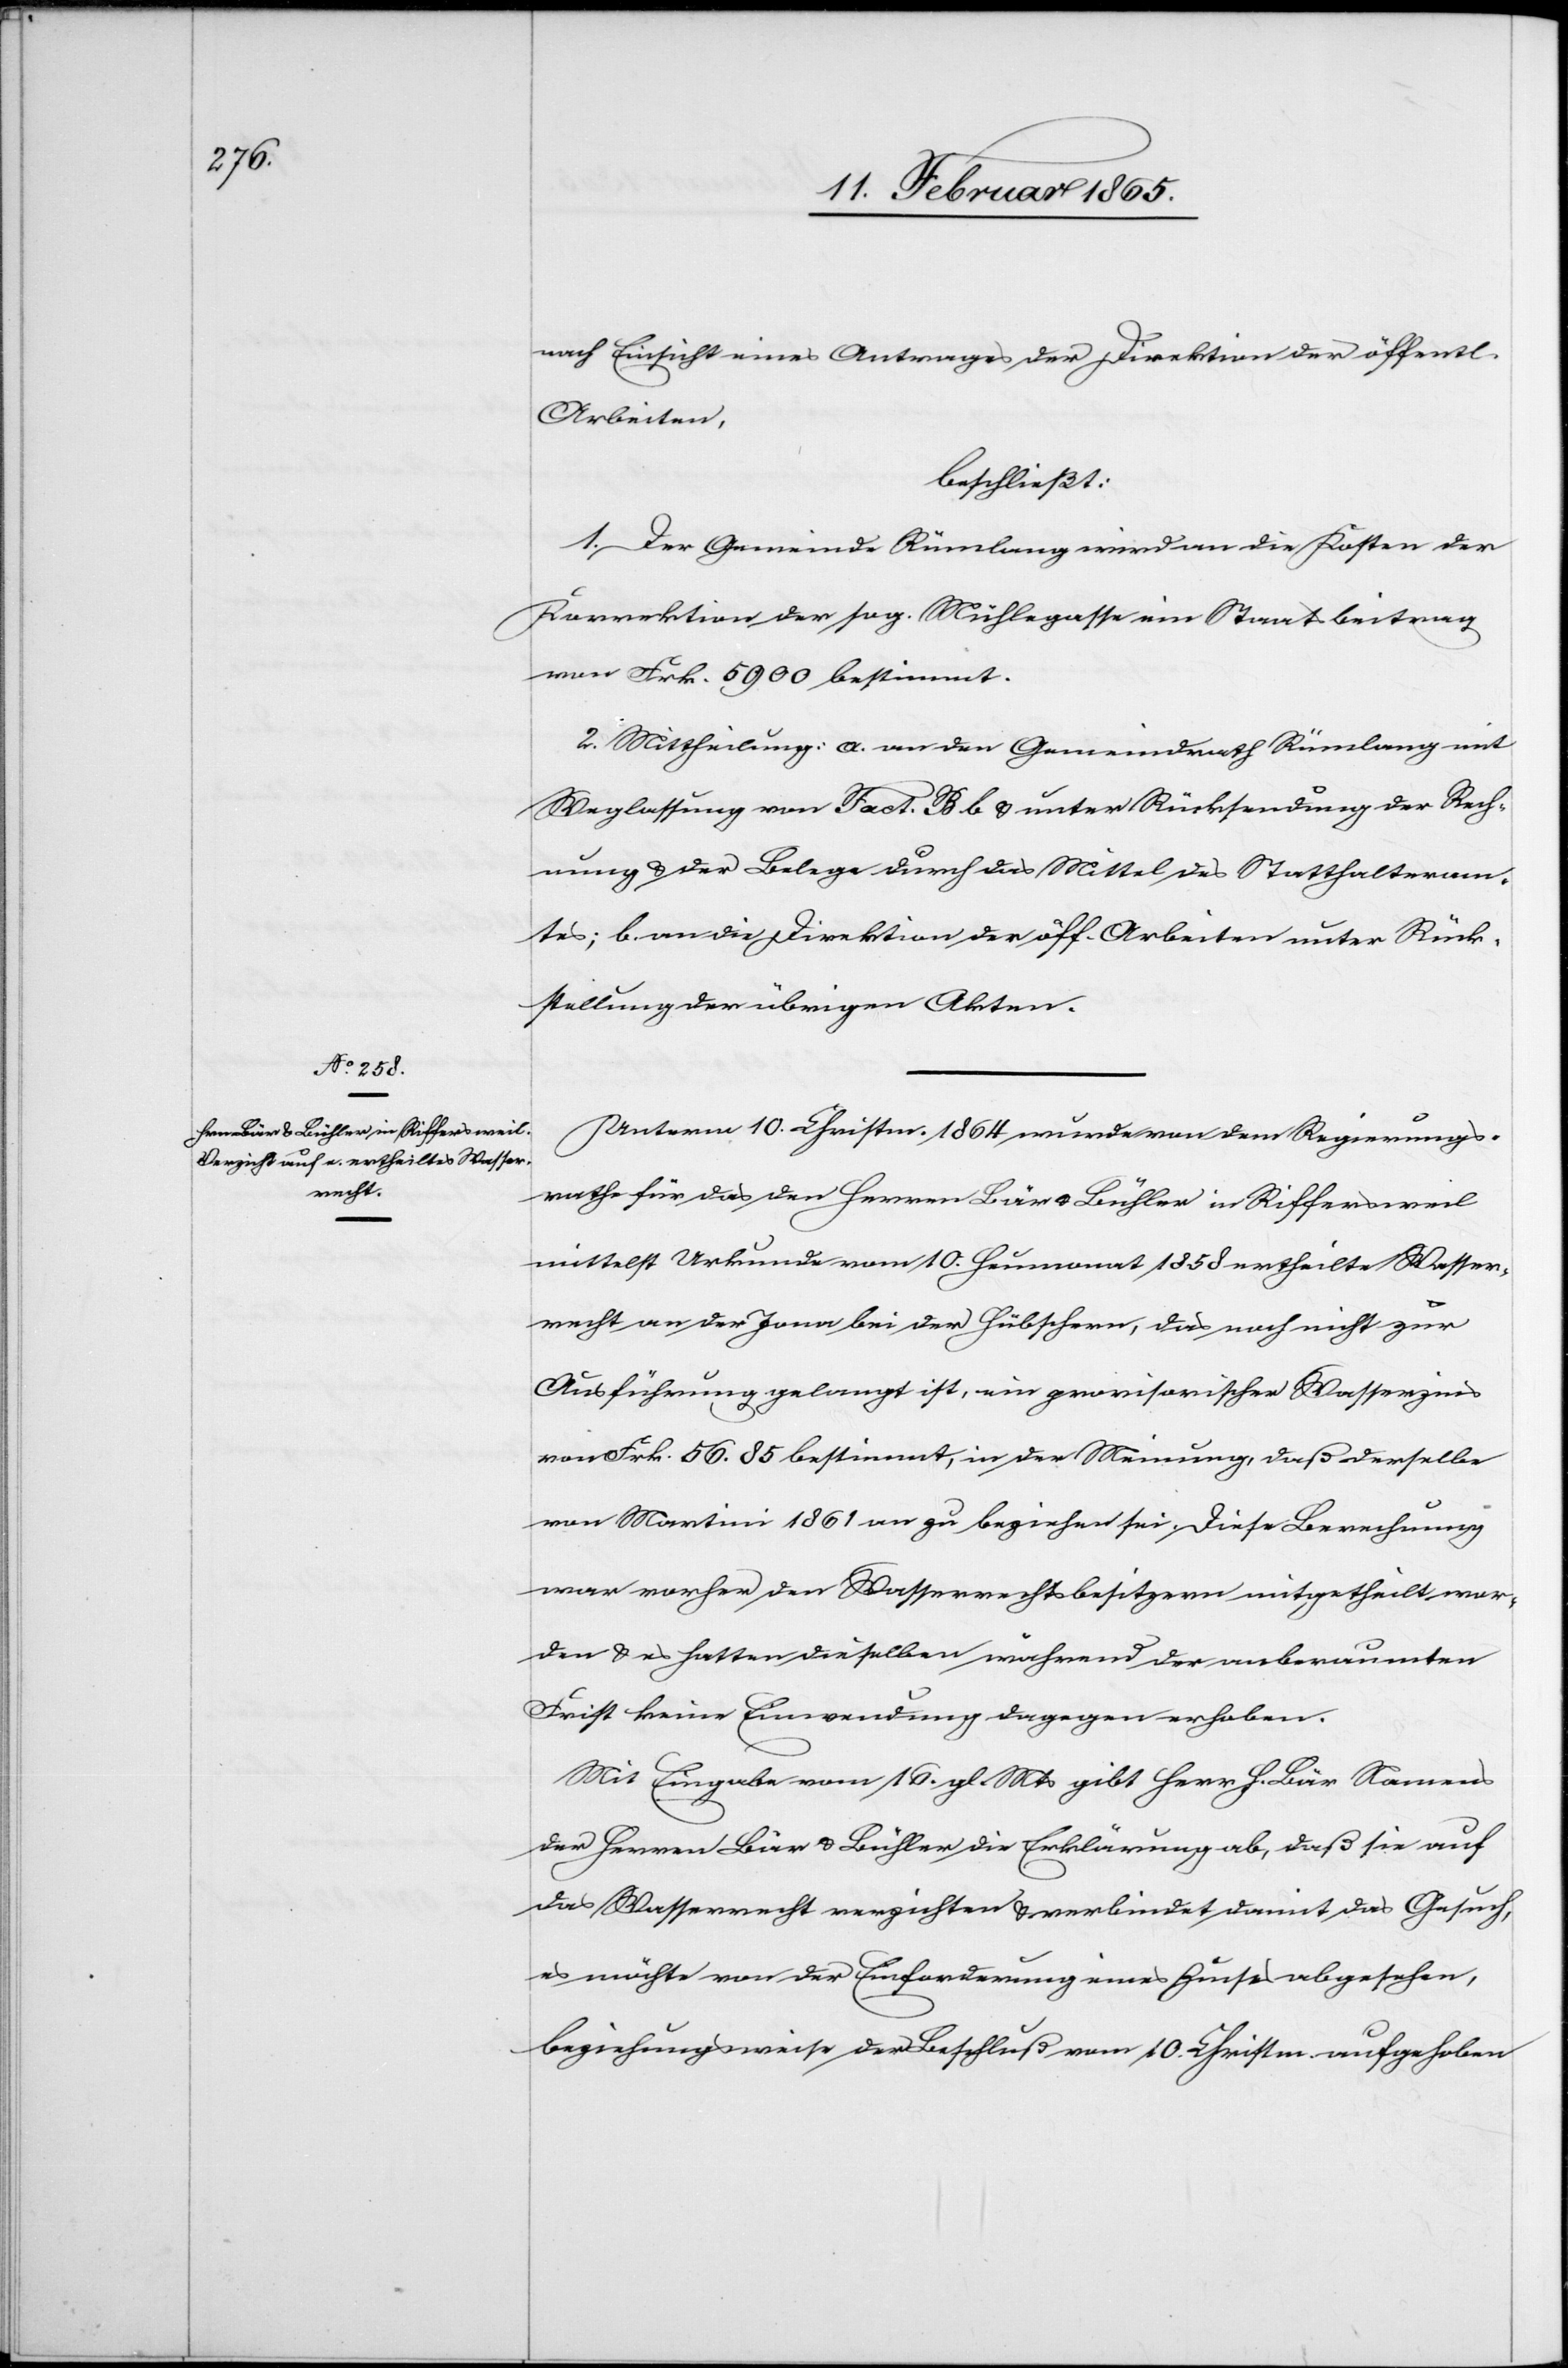
nach Einsicht eines Antrages der Direktion der öffentl.
Arbeiten,
beschließt:
1. Der Gemeinde Rümlang wird an die Kosten der
Korrektion der sog. Mühlegasse ein Staatsbeitrag
von Frk. 5900 bestimmt.
2. Mittheilung: a. an den Gemeindrath Rümlang mit
Weglassung von Fact. B b u. unter Rücksendung der Rech¬
nung u. der Belege durch das Mittel des Statthalteram¬
tes; b. an die Direktion der öff. Arbeiten unter Rück¬
stellung der übrigen Akten.
Unterm 10. Christm. 1864 wurde von dem Regierungs¬
rathe für das den Herren Bär u. Bühler in Riffersweil
mittelst Urkunde vom 10. Heumonat 1858 ertheilte Wasser¬
recht an der Jona bei der Hübschern, das noch nicht zur
Ausführung gelangt ist, ein provisorischer Wasserzins
von Frk. 56. 85 bestimmt, in der Meinung, daß derselbe
von Martini 1861 an zu beziehen sei. Diese Berechnung
war vorher den Wasserrechtsbesitzern mitgetheilt wor¬
den u. es hatten dieselben während der anberaumten
Frist keine Einwendung dagegen erhoben.
Mit Eingabe vom 16. gl. Mts gibt Herr H. Bär Namens
der Herren Bär u. Bühler die Erklärung ab, daß sie auf
das Wasserrecht verzichten u. verbindet damit das Gesuch,
es möchte von der Einforderung eines Zinses abgesehen,
beziehungsweise der Beschluß vom 10. Christm. aufgehoben